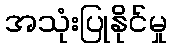
အသုံးပြုနိုင်မှု